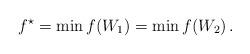
LaTeX: \begin{align*}f^\star=\min f(W_1)=\min f(W_2)\,.\end{align*}